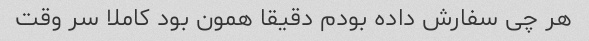
هر چی سفارش داده بودم دقیقا همون بود کاملا سر وقت